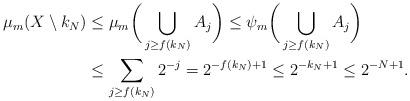
LaTeX: \begin{align*}\mu_m(X\setminus k_N) & \leq \mu_m \bigg(\bigcup_{j\geq f(k_N)} A_j\bigg) \leq \psi_m \bigg(\bigcup_{j\geq f(k_N)} A_j\bigg)\\& \leq\sum_{j\geq f(k_N)} 2^{-j}=2^{-f(k_N)+1}\leq 2^{-k_N+1}\leq 2^{-N+1}.\end{align*}